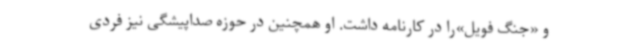
و «جنگ فویل»را در کارنامه داشت. او همچنین در حوزه صداپیشگی نیز فردی